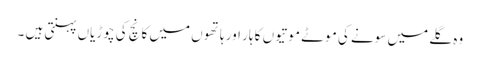
وہ گلے میں سونے کی موٹے موتیوں کا ہار اور ہاتھوں میں کانچ کی چوڑیاں پہنتی ہیں ۔